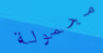
محمولة